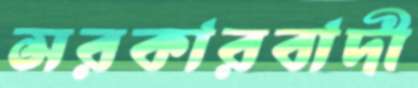
সরকারবাদী